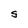
Character: S